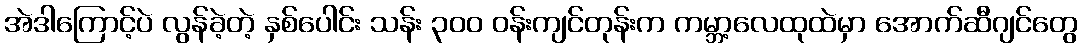
အဲဒါကြောင့်ပဲ လွန်ခဲ့တဲ့ နှစ်ပေါင်း သန်း ၃၀၀ ဝန်းကျင်တုန်းက ကမ္ဘာ့လေထုထဲမှာ အောက်ဆီဂျင်တွေ